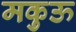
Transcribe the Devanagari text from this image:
मकुऊ